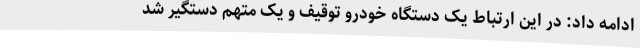
ادامه داد: در این ارتباط یک دستگاه خودرو توقیف و یک متهم دستگیر شد